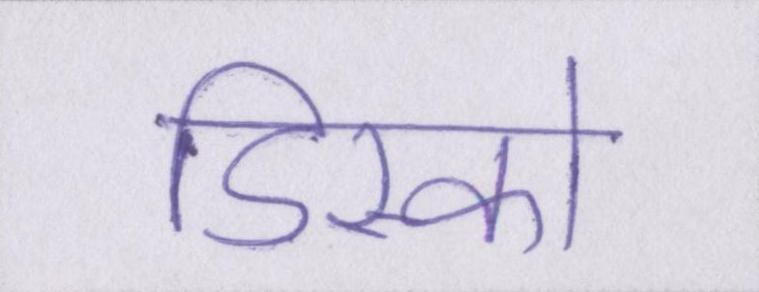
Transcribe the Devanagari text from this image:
डिस्को